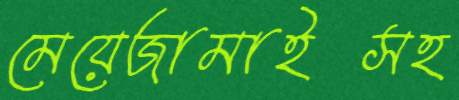
মেয়েজামাইসহ